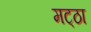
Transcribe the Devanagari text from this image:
मट्‌ठा